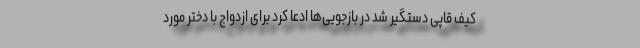
کیف قاپی دستگیر شد در بازجویی‌ها ادعا کرد برای ازدواج با دختر مورد